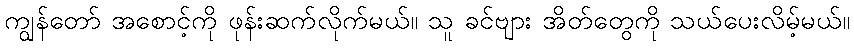
ကျွန်တော် အစောင့်ကို ဖုန်းဆက်လိုက်မယ်။ သူ ခင်ဗျား အိတ်တွေကို သယ်ပေးလိမ့်မယ်။